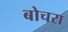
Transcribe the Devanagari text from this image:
बोचरा